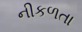
નીકળતા